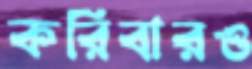
করিবারও